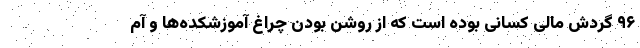
۹۶ گردش مالی کسانی بوده است که از روشن بودن چراغ آموزشکده‌ها و آم